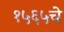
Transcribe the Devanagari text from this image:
१५६५चे